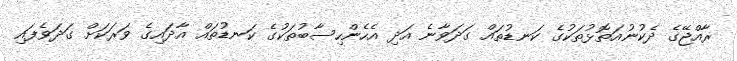
ރާއްޖޭގެ ދެކުނުއަތޮޅުތަކުގެ ކަނޑުތައް ގަދަވާނެ އަދި އެހެންހިސާބުތަކުގެ ކަނޑުތައް އާދައިގެ ވަރަކަށް ގަދަވެފައި